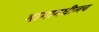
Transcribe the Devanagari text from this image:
भागामधीलच